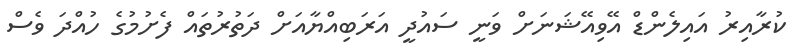
ކުރާއިރު އައިލެންޑް އޭވިއޭޝަނަށް ވަނީ ސައުދީ އަރަބިއްޔާއަށް ދަތުރުތައް ފެށުމުގެ ހުއްދަ ވެސް